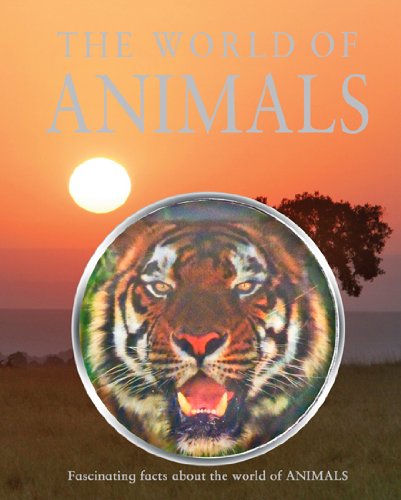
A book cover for World of Animals; Martin Walters; Reference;